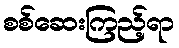
စစ်ဆေးကြည့်ရာ